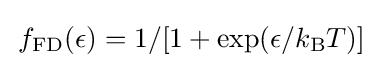
\,f_{\mathrm {FD} }(\epsilon )=1/[1+\exp(\epsilon /k_{\mathrm {B} }T)]